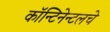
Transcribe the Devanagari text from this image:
कॉन्टिनेन्टलचे